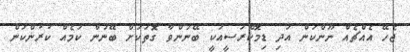
ޖެހޭ އެއްޗެއް ނޫންކަން އަދި ޑިމޮކްރަސީއަކީ ބޭނުންވާ ގޮތަކަށް ބޭނުން ކަމެއް ކުރުންކަން